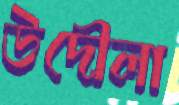
উদৌলা